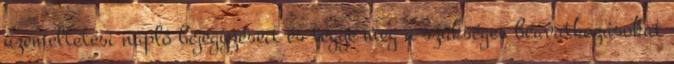
üzemeltetési napló bejegyzéseit és tegye meg a szükséges beavatkozásokat